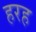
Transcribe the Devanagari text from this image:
हरह